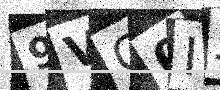
Text: 9VC0IJ